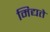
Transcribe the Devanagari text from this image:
मिद्यते